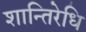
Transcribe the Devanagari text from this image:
शान्तिरेधि